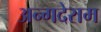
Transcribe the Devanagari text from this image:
अन्गदेराम